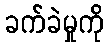
ခက်ခဲမှုကို